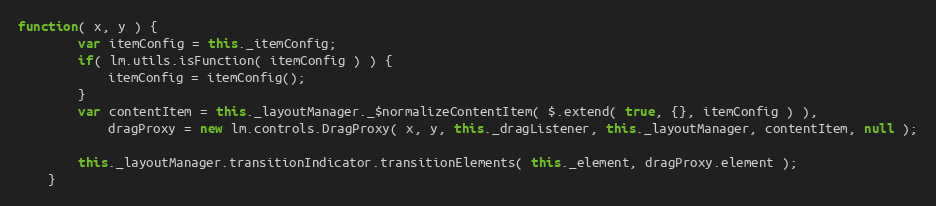
Language: JavaScript
function( x, y ) {
		var itemConfig = this._itemConfig;
		if( lm.utils.isFunction( itemConfig ) ) {
			itemConfig = itemConfig();
		}
		var contentItem = this._layoutManager._$normalizeContentItem( $.extend( true, {}, itemConfig ) ),
			dragProxy = new lm.controls.DragProxy( x, y, this._dragListener, this._layoutManager, contentItem, null );

		this._layoutManager.transitionIndicator.transitionElements( this._element, dragProxy.element );
	}